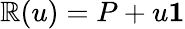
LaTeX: \mathbb{R}(u)=P+u\mathbf{{1}}